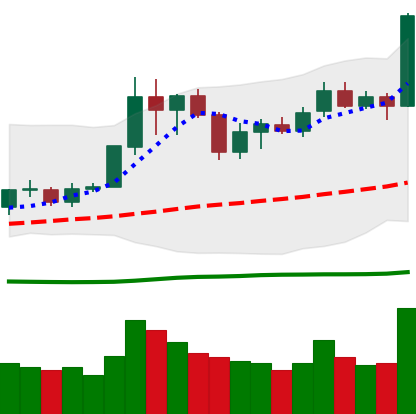
Ticker: LINK-USD
Chart end date: 2020-07-06
Forward return: 14.066%
Label: up_7plus